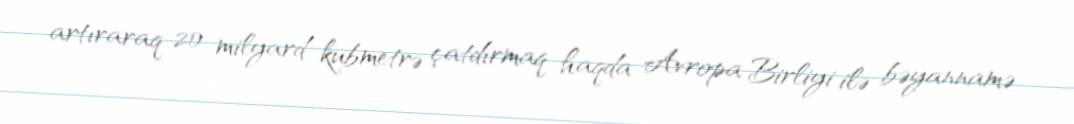
artıraraq 20 milyard kubmetrə çatdırmaq haqda Avropa Birliyi ilə bəyannamə